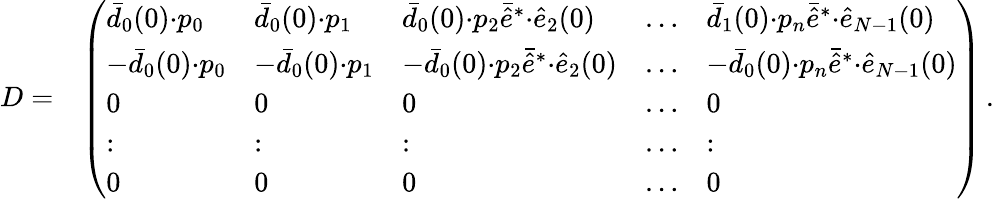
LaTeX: \begin{array}{rl}{D=}&{\left(\begin{array}{lllll}{\bar{d}_{0}(0){\cdot}p_{0}}&{\bar{d}_{0}(0){\cdot}p_{1}}&{\bar{d}_{0}(0){\cdot}p_{2}\bar{\hat{e}}^{*}{\cdot}\hat{e}_{2}(0)}&{\dots}&{\bar{d}_{1}(0){\cdot}p_{n}\bar{\hat{e}}^{*}{\cdot}\hat{e}_{N-1}(0)}\\ {-\bar{d}_{0}(0){\cdot}p_{0}}&{-\bar{d}_{0}(0){\cdot}p_{1}}&{-\bar{d}_{0}(0){\cdot}p_{2}\bar{\hat{e}}^{*}{\cdot}\hat{e}_{2}(0)}&{\dots}&{-\bar{d}_{0}(0){\cdot}p_{n}\bar{\hat{e}}^{*}{\cdot}\hat{e}_{N-1}(0)}\\ {0}&{0}&{0}&{\dots}&{0}\\ {:}&{:}&{:}&{\dots}&{:}\\ {0}&{0}&{0}&{\dots}&{0}\end{array}\right)\, .}\end{array}